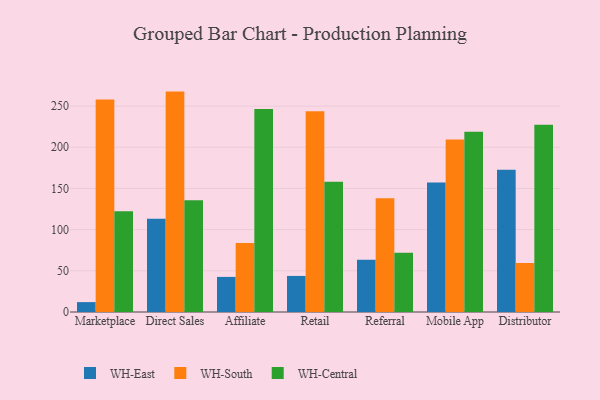
{"axis": {"x": "Channel", "y": "Population (Million)"}, "legend": ["WH-Central", "WH-East", "WH-South"], "data": [{"x": "Marketplace", "y": 12.0, "type": "WH-East"}, {"x": "Marketplace", "y": 257.9, "type": "WH-South"}, {"x": "Marketplace", "y": 122.3, "type": "WH-Central"}, {"x": "Direct Sales", "y": 113.1, "type": "WH-East"}, {"x": "Direct Sales", "y": 267.6, "type": "WH-South"}, {"x": "Direct Sales", "y": 135.8, "type": "WH-Central"}, {"x": "Affiliate", "y": 42.6, "type": "WH-East"}, {"x": "Affiliate", "y": 83.8, "type": "WH-South"}, {"x": "Affiliate", "y": 246.4, "type": "WH-Central"}, {"x": "Retail", "y": 43.8, "type": "WH-East"}, {"x": "Retail", "y": 243.8, "type": "WH-South"}, {"x": "Retail", "y": 158.0, "type": "WH-Central"}, {"x": "Referral", "y": 63.3, "type": "WH-East"}, {"x": "Referral", "y": 138.0, "type": "WH-South"}, {"x": "Referral", "y": 72.0, "type": "WH-Central"}, {"x": "Mobile App", "y": 157.3, "type": "WH-East"}, {"x": "Mobile App", "y": 209.4, "type": "WH-South"}, {"x": "Mobile App", "y": 218.8, "type": "WH-Central"}, {"x": "Distributor", "y": 172.7, "type": "WH-East"}, {"x": "Distributor", "y": 59.5, "type": "WH-South"}, {"x": "Distributor", "y": 227.3, "type": "WH-Central"}]}